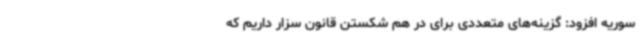
سوریه افزود: گزینه‌های متعددی برای در هم شکستن قانون سزار داریم که